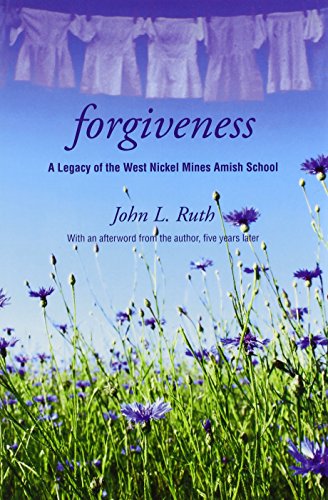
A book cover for Forgiveness: A Legacy of the West Nickel Mines Amish School; John L Ruth; Christian Books & Bibles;